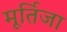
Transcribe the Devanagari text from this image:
मूर्तिजा